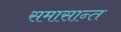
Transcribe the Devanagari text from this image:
समासान्त